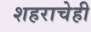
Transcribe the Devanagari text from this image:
शहराचेही